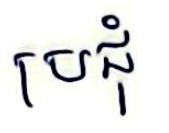
ប្រជុំ